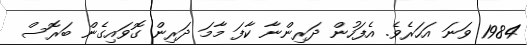
1984 ވަނަ އަހަރެވެ. އެފަހުން ދަރިންނާ ކާފަ މާމަ ދަރިން ގޮވައިގެން ބަރޮސް